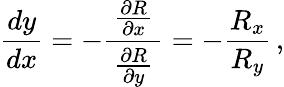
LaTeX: {\frac{dy}{dx}}=-{\frac{\, {\frac{\partial R}{\partial x}}\, }{\frac{\partial R}{\partial y}}}=-{\frac{R_{x}}{R_{y}}}\, ,